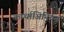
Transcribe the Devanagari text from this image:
कार्थाजिनियन